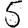
Digit: 5